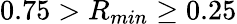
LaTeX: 0.75>R_{min}\geq 0.25